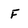
Character: F